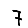
Digit: 7